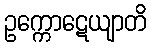
ဥက္ကောဋေယျာတိ